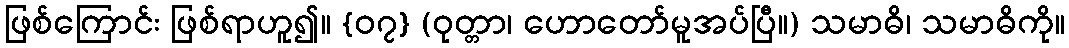
ဖြစ်ကြောင်း ဖြစ်ရာဟူ၍။ {၀၇} (ဝုတ္တာ၊ ဟောတော်မူအပ်ပြီ။) သမာဓိ၊ သမာဓိကို။